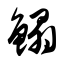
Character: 鳎